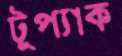
টুপ্যাক